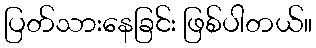
ပြတ်သားနေခြင်း ဖြစ်ပါတယ်။